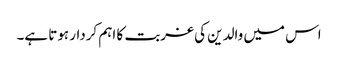
اس میں والدین کی غربت کا اہم کردار ہوتا ہے۔